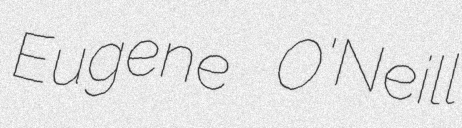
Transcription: Eugene O'Neill